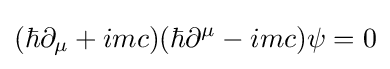
(\hbar \partial _{\mu }+imc)(\hbar \partial ^{\mu }-imc)\psi =0